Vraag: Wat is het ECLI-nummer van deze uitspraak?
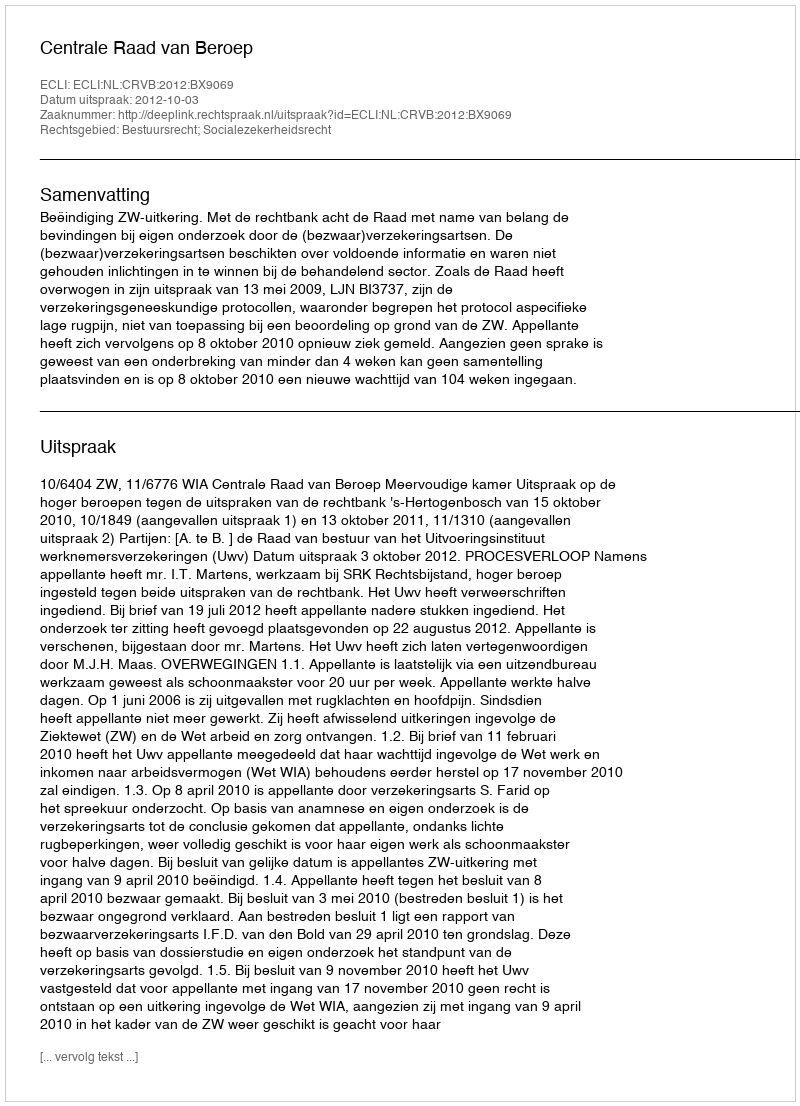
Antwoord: ECLI:NL:CRVB:2012:BX9069